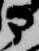
部